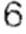
6